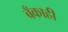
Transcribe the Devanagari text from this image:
बँकाही